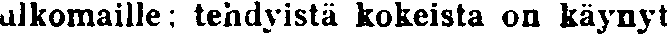
ulkomaille: tehdyistä kokeista on käynyt